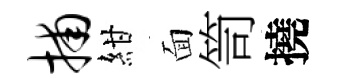
捕紺面笥撓